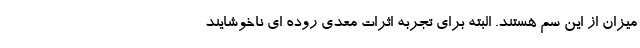
ميزان از اين سم هستند. البته براي تجربه اثرات معدي روده اي ناخوشايند